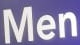
Men